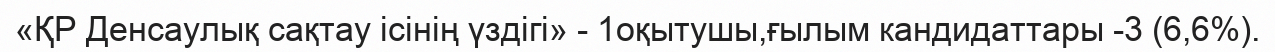
«ҚР Денсаулық сақтау ісінің үздігі» - 1оқытушы,ғылым кандидаттары -3 (6,6%).